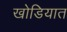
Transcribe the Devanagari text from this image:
खोडियात